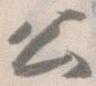
公